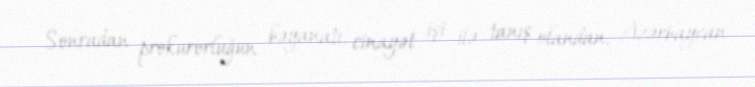
Sonradan prokurorluğun bəyanatı, cinayət işi ilə tanış olandan, Azərbaycan